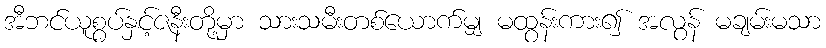
အီဘင်ယူစွပ်နှင့်ဇနီးတို့မှာ သားသမီးတစ်ယောက်မျှ မထွန်းကား၍ အလွန် မချမ်းမသာ